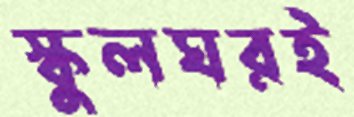
স্কুলঘরই